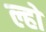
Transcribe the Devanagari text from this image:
ल्हो